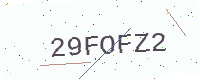
Text: 29FOFZ2